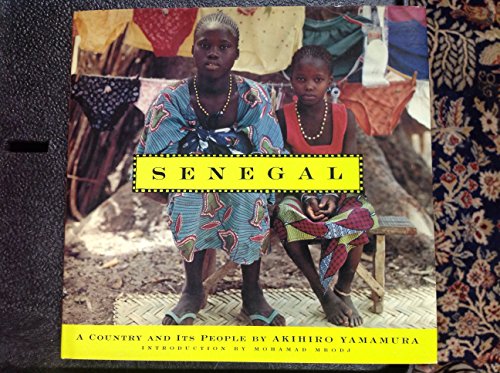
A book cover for Senegal: A Country and Its People; Akihiro Yamamura; Travel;